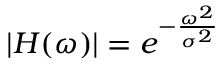
| H ( \omega ) | = e ^ { - { \frac { \omega ^ { 2 } } { \sigma ^ { 2 } } } }